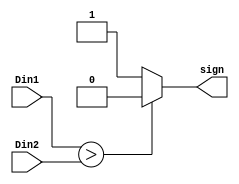
module comparator(sign, Din1, Din2);

input [7:0] Din1,Din2;
output reg sign;

always @ (Din1 or Din2)
    begin
        sign = 1'b0;
        if(Din1 > Din2)
            sign = 1'b0;
        else
            sign = 1'b1;
    end
endmodule